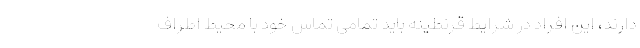
دارند، این افراد در شرایط قرنطینه باید تمامی تماس خود با محیط اطراف